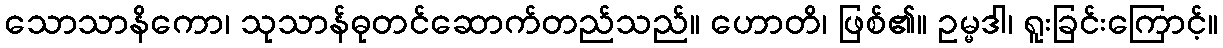
သောသာနိကော၊ သုသာန်ဓုတင်ဆောက်တည်သည်။ ဟောတိ၊ ဖြစ်၏။ ဥမ္မဒါ၊ ရူးခြင်းကြောင့်။